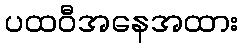
ပထဝီအနေအထား